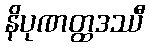
နိပုဏတ္ထဒဿီ